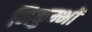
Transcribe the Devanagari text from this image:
निकुम्भों